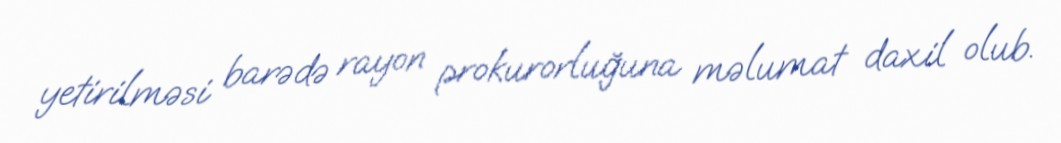
yetirilməsi barədə rayon prokurorluğuna məlumat daxil olub.